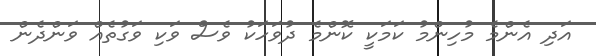
އަދި އެންމެ މުހިންމު ކަމަކީ ކޮންމެ ދުވަހަކު ވެސް ވަކި ވަގުތެއް ވަންދެން